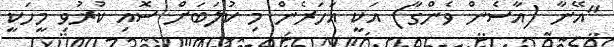
"އޭނާ (އާސެން ވެންގާ) އަކީ އަހަރެން މި ކުލަބަށް ސޮއި ކުރުވި މީހަކީ